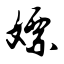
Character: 嫖